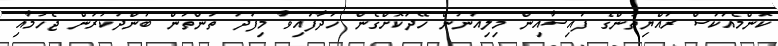
ކޮންމެއަކަސް ރައްޔިތުންގެ ފައިސާއިން މިލިއަނުން ހޭދަކޮށްގެން ހަދާފައިވާ މިފަދަ ތަންތަން ބަންދުކުރަން ޖެހުމާއި